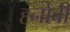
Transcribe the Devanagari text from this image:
ह्नोबी